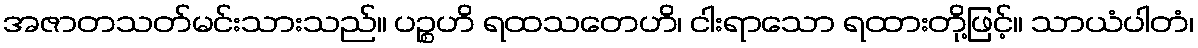
အဇာတသတ်မင်းသားသည်။ ပဉ္စဟိ ရထသတေဟိ၊ ငါးရာသော ရထားတို့ဖြင့်။ သာယံပါတံ၊